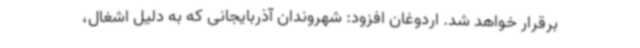
برقرار خواهد شد. اردوغان افزود: شهروندان آذربایجانی که به دلیل اشغال،